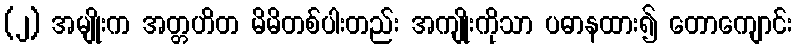
(၂) အမျိုးက အတ္တဟိတ မိမိတစ်ပါးတည်း အကျိုးကိုသာ ပဓာနထား၍ တောကျောင်း